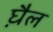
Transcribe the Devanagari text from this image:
घ़ैल